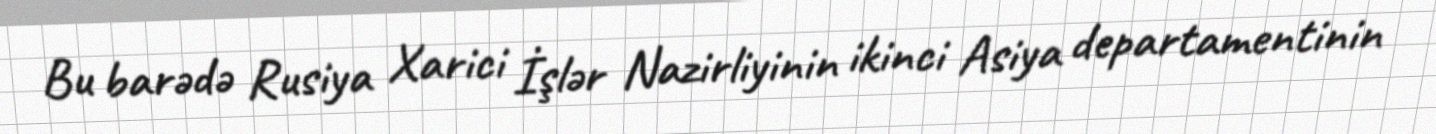
Bu barədə Rusiya Xarici İşlər Nazirliyinin ikinci Asiya departamentinin